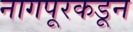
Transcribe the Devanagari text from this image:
नागपूरकडून